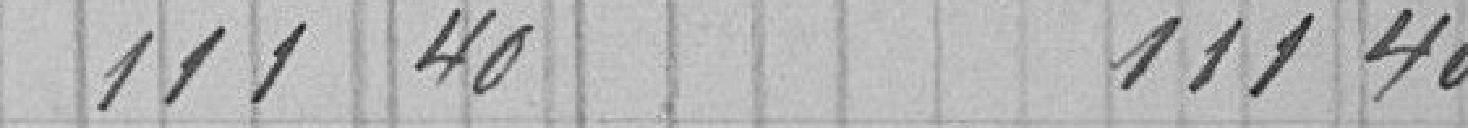
111.40 111.40